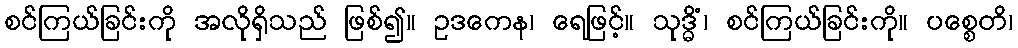
စင်ကြယ်ခြင်းကို အလိုရှိသည် ဖြစ်၍။ ဥဒကေန၊ ရေဖြင့်။ သုဒ္ဓိံ၊ စင်ကြယ်ခြင်းကို။ ပစ္စေတိ၊